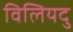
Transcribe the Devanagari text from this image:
विलियदु